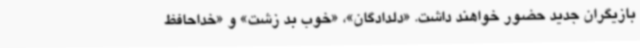
بازیگران جدید حضور خواهند داشت. «دلدادگان»، «خوب بد زشت» و «خداحافظ